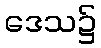
ဒေသ၌